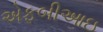
એફબીઆઇ